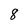
Character: 8